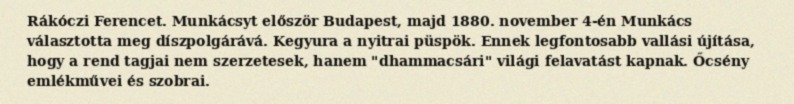
Rákóczi Ferencet. Munkácsyt először Budapest, majd 1880. november 4-én Munkács választotta meg díszpolgárává. Kegyura a nyitrai püspök. Ennek legfontosabb vallási újítása, hogy a rend tagjai nem szerzetesek, hanem "dhammacsári" világi felavatást kapnak. Őcsény emlékművei és szobrai.